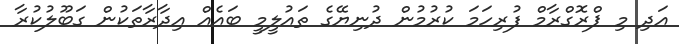
އަދި މި ޕްރޮގްރާމް ފުރިހަމަ ކުރުމުން ދުނިޔޭގެ ތައުލީމީ ބައެއް އިދާރާތަކުން ގަބޫލުކުރާ